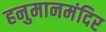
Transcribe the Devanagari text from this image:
हनुमानमंदिर